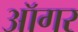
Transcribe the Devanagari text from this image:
ऑगर